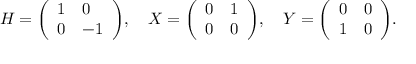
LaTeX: H = { \left( \begin{array} { l l } { 1 } & { 0 } \\ { 0 } & { - 1 } \end{array} \right) } , \quad X = { \left( \begin{array} { l l } { 0 } & { 1 } \\ { 0 } & { 0 } \end{array} \right) } , \quad Y = { \left( \begin{array} { l l } { 0 } & { 0 } \\ { 1 } & { 0 } \end{array} \right) } .